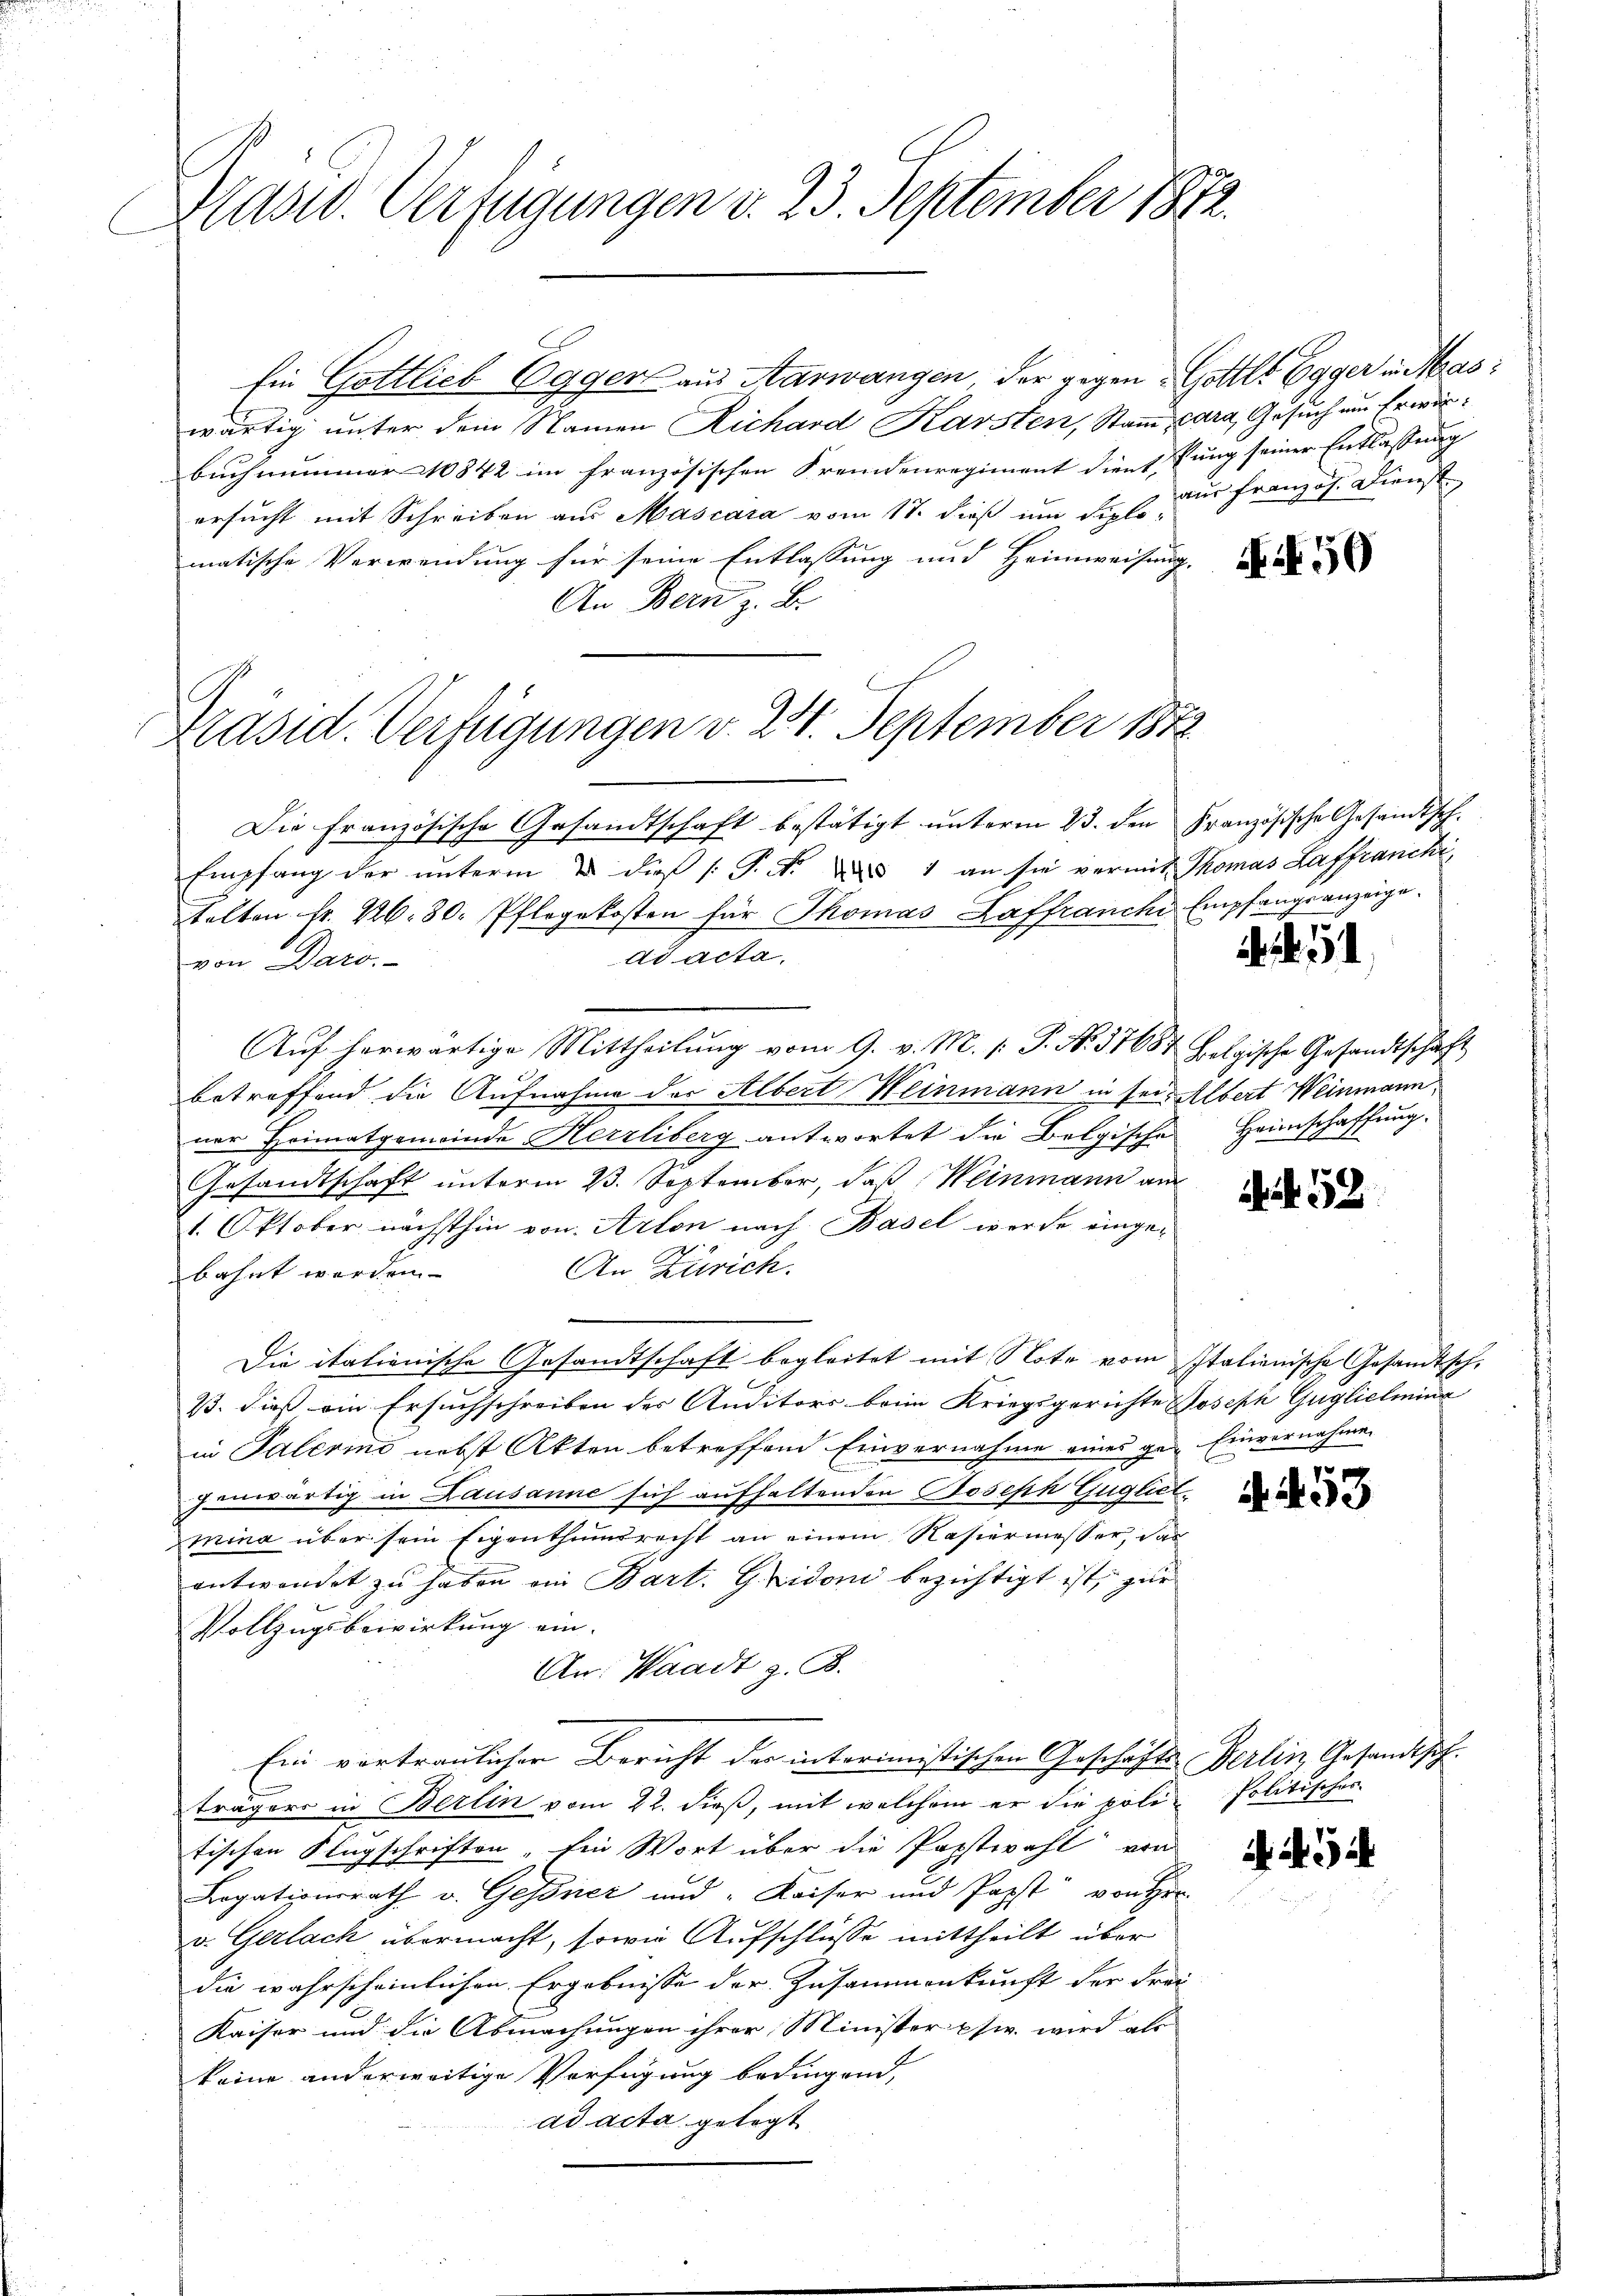
Präsid. Verfügungen v. 23. September 1872.

Ein Gottlieb Egger aus Aarwangen, der gegen Gottes Egger in Maswärtig unter dem Namen Richard Karsten, Stamm, Cara, Gesuch um Erwäbuch nummer 10842 im französischen Fremdenregiment dient fung seiner Entlassung |
ersucht mit Schreiben aus Mascara vom 17. dieß um dies aus französ. Dienst
matische Verwendung für seine Entlassung und Heimweisung.
An Bern z. B.
Präsid. Verfügungen v. 22. September 1872

Die Französische Gesandtschaft bestätigt unterm 23. den Französische Gesandtsch.
Empfang der unterm 2. dieß P. N. 51 an sie vermit Thomas Laffranche
talten fr. 226. 30. Pflegekosten für Thomas Laffranchi Empfangsanzeige.
ad acta,
von Daro.
Aŭf herwärtige Mittheilŭng vom 9. v. M. /: P. Nr. 31684 folgische Gesandtschaft
betreffend die Aufnahme der Albert Weinmann in sei. Albert Weinmann
ner Heimatgemeinde Herrliberg antwortet die Belgische
Gesandtschaft unterm 23. September, daß Weinmann au
1. Oktober nächsthin von Arton nach Basel werde einge¬
An Zürich.
bahnt werden.
Die itationische Gesandtschaft begleitet mit Note vom Italienische Gesandtsch.
23. dieß ein Ersuchschreiben der Auditors beim Kriegsgerichte Joseph Guglielmina
in Palerino nebst Akten betreffend Einvernahme eines ge- Einvernahme
hinwärtig in Lausanne sich aufhaltenden Joseph Guglich
mina über sein Eigenthumsrecht an einem Rasiermesser, das
entwendet zu haben ein Bart. Gidoni bezichtigt ist, zur
Vollzugsbewirkung ein.
An: Waadt z. B.
Ein vortraulicher Bericht der interimistischen Geschäfts-Berlin, Gesandtsch
trägers in Berlin vom 22. dieß, mit welchem er die poli- Politischor
tischen Flugschriften, Ein Wort über die Papstwahl von
Legationsrath v. Gessner und Kaiser und Papst von Her
v. Gerlach übermacht, sowie Aufschlüsse mittheilt, über
die wahrscheinlichen Ergebnisse der Zusammenkunft der Frei
Kaiser und die Abmachungen ihrer Minister psw. wird als
keine anderweitige Verfügung bedingend,
ad acta gelegt

e

50

. . .

Heimschaffung.

a 52

4. 453

i

.